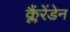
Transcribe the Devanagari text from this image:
क्लैंरेंडेन